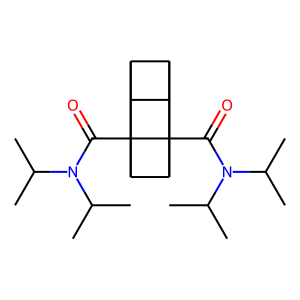
SMILES: CC(C)N(C(=O)C12C3C4C5C3C1(C(=O)N(C(C)C)C(C)C)C5C42)C(C)C
Inhibits HIV replication: No